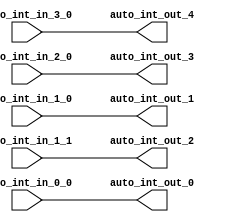
module IntXbar_4( // @[:freechips.rocketchip.system.DefaultRV32Config.fir@175544.2]
  input   auto_int_in_3_0, // @[:freechips.rocketchip.system.DefaultRV32Config.fir@175547.4]
  input   auto_int_in_2_0, // @[:freechips.rocketchip.system.DefaultRV32Config.fir@175547.4]
  input   auto_int_in_1_0, // @[:freechips.rocketchip.system.DefaultRV32Config.fir@175547.4]
  input   auto_int_in_1_1, // @[:freechips.rocketchip.system.DefaultRV32Config.fir@175547.4]
  input   auto_int_in_0_0, // @[:freechips.rocketchip.system.DefaultRV32Config.fir@175547.4]
  output  auto_int_out_0, // @[:freechips.rocketchip.system.DefaultRV32Config.fir@175547.4]
  output  auto_int_out_1, // @[:freechips.rocketchip.system.DefaultRV32Config.fir@175547.4]
  output  auto_int_out_2, // @[:freechips.rocketchip.system.DefaultRV32Config.fir@175547.4]
  output  auto_int_out_3, // @[:freechips.rocketchip.system.DefaultRV32Config.fir@175547.4]
  output  auto_int_out_4 // @[:freechips.rocketchip.system.DefaultRV32Config.fir@175547.4]
);
  assign auto_int_out_0 = auto_int_in_0_0; // @[LazyModule.scala 305:12:freechips.rocketchip.system.DefaultRV32Config.fir@175562.4]
  assign auto_int_out_1 = auto_int_in_1_0; // @[LazyModule.scala 305:12:freechips.rocketchip.system.DefaultRV32Config.fir@175562.4]
  assign auto_int_out_2 = auto_int_in_1_1; // @[LazyModule.scala 305:12:freechips.rocketchip.system.DefaultRV32Config.fir@175562.4]
  assign auto_int_out_3 = auto_int_in_2_0; // @[LazyModule.scala 305:12:freechips.rocketchip.system.DefaultRV32Config.fir@175562.4]
  assign auto_int_out_4 = auto_int_in_3_0; // @[LazyModule.scala 305:12:freechips.rocketchip.system.DefaultRV32Config.fir@175562.4]
endmodule